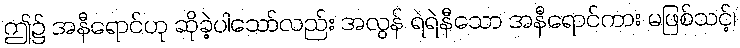
ဤ၌ အနီရောင်ဟု ဆိုခဲ့ပါသော်လည်း အလွန် ရဲရဲနီသော အနီရောင်ကား မဖြစ်သင့်၊